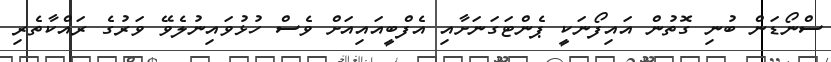
ސްނޯޑަން ބުނި ގޮތުން އައިފޯނަކީ ޕެންޓަގަނަށާއި އެފްބީއައިއަށް ވެސް ހުޅުވައިނުލެވޭ ވަރުގެ ރައްކާތެރި